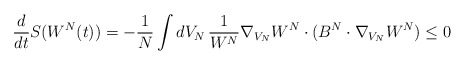
\begin{align*}\frac{d}{dt} S(W^N(t))=-\frac{1}{N}\int dV_N\,\frac{1}{W^N}\nabla_{V_N}W^N\cdot (B^N\cdot \nabla_{V_N}W^N)\leq 0\end{align*}